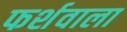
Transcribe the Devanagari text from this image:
फर्शवाला